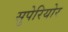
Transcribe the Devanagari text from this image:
सुपेरियोर